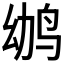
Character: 𱉢